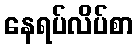
နေရပ်လိပ်စာ